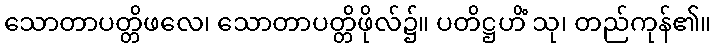
သောတာပတ္တိဖလေ၊ သောတာပတ္တိဖိုလ်၌။ ပတိဋ္ဌဟိံ သု၊ တည်ကုန်၏။